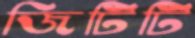
জিটিটি